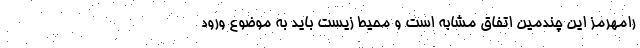
رامهرمز این چندمین‌ اتفاق مشابه است و محیط زیست باید به موضوع ورود